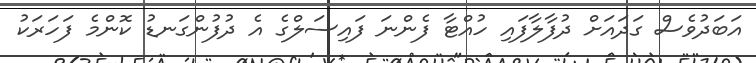
އަބަދުވެސް ގަދައަށް ދުފާލާފައި ހުއްޓާ ފެންނަ ފައިސަލްގެ އެ ދުފުންގަނޑު ކޮންމެ ފަަހަރަކު